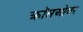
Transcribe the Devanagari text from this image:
क्राॅसओवर